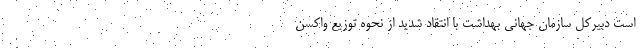
است دبیرکل سازمان جهانی بهداشت با انتقاد شدید از نحوه توزیع واکسن